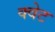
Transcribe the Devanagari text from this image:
क्वेट